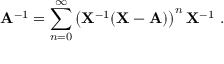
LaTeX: \mathbf { A } ^ { - 1 } = \sum _ { n = 0 } ^ { \infty } \left( \mathbf { X } ^ { - 1 } ( \mathbf { X } - \mathbf { A } ) \right) ^ { n } \mathbf { X } ^ { - 1 } ~ .